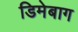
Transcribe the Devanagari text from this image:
डिमेबाग